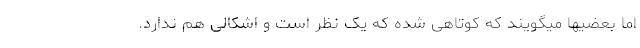
اما بعضیها میگویند که کوتاهی شده که یک نظر است و اشکالی هم ندارد.